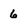
Character: 6